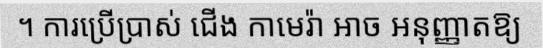
។ ការប្រើប្រាស់ ជើង កាមេរ៉ា អាច អនុញ្ញាតឱ្យ